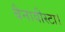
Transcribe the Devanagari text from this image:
बैनावीस्टा।